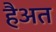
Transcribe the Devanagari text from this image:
हैअत